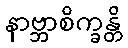
နာဗ္ဘာစိက္ခန္တိ